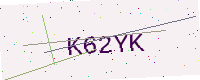
Text: K62YK